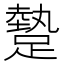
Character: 𨄧